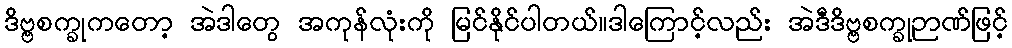
ဒိဗ္ဗစက္ခုကတော့ အဲဒါတွေ အကုန်လုံးကို မြင်နိုင်ပါတယ်။ဒါကြောင့်လည်း အဲဒီဒိဗ္ဗစက္ခုဉာဏ်ဖြင့်